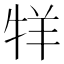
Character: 䍧